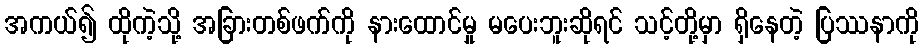
အကယ်၍ ထိုကဲ့သို့ အခြားတစ်ဖက်ကို နားထောင်မှု မပေးဘူးဆိုရင် သင့်တို့မှာ ရှိနေတဲ့ ပြဿနာကို